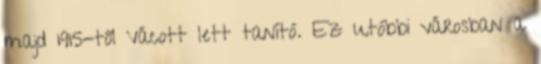
majd 1915-től Vácott lett tanító. Ez utóbbi városban a